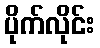
ပိုက်လိုင်း